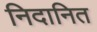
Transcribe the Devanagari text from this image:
निदानित